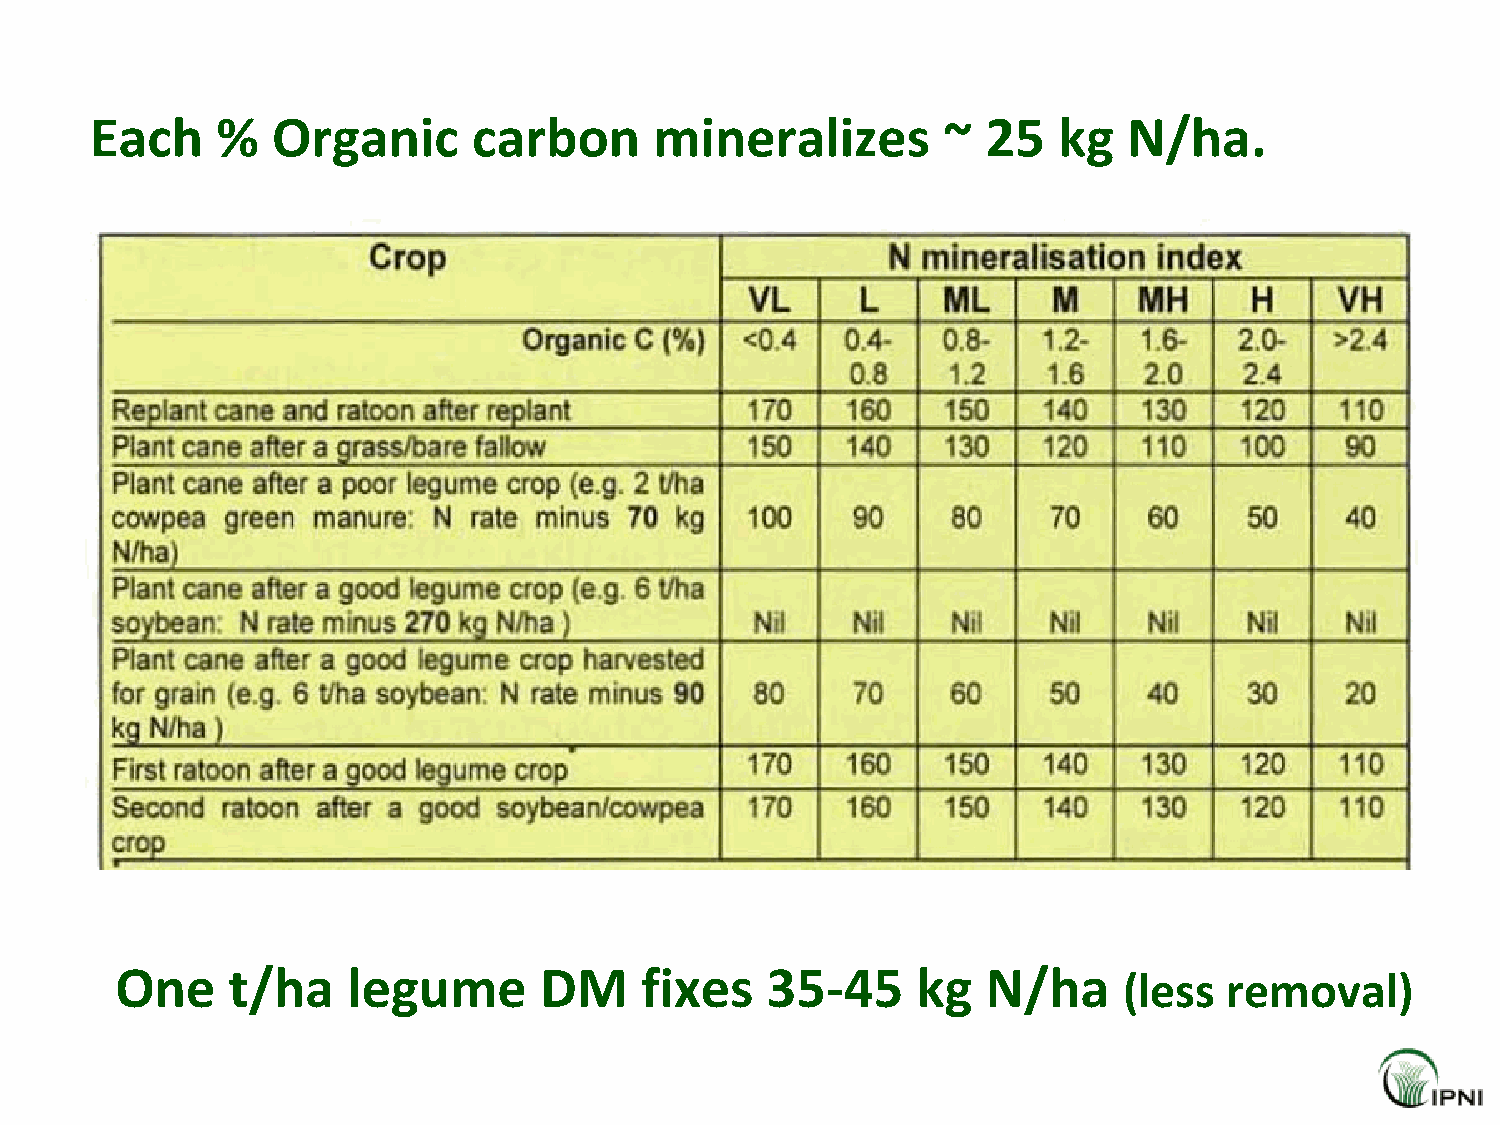
Each    %   Organic      carbon      mineralizes        ~  25   kg   N/ha.
 One    t/ha    legume       DM    fixes    35-45     kg  N/ha     (less  removal)